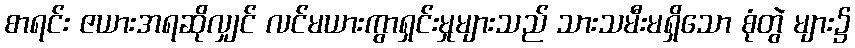
စာရင်း ဇယားအရဆိုလျှင် လင်မယားကွာရှင်းမှုများသည် သားသမီးမရှိသော စုံတွဲ များ၌